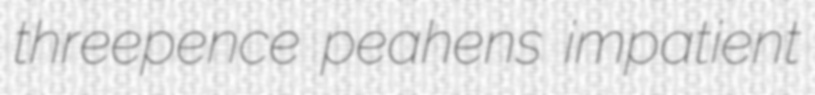
threepence peahens impatient